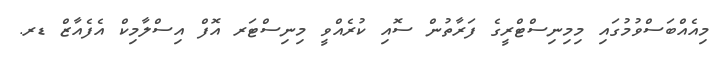
މިއެއްބަސްވުމުގައި މިމިނިސްޓްރީގެ ފަރާތުން ސޮއި ކުރެއްވީ މިނިސްޓަރ އޮފް އިސްލާމިކް އެފެއާޒް ޑރ.